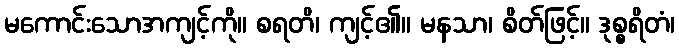
မကောင်းသောအကျင့်ကို။ စရတိ၊ ကျင့်၏။ မနသာ၊ စိတ်ဖြင့်။ ဒုစ္စရိတံ၊